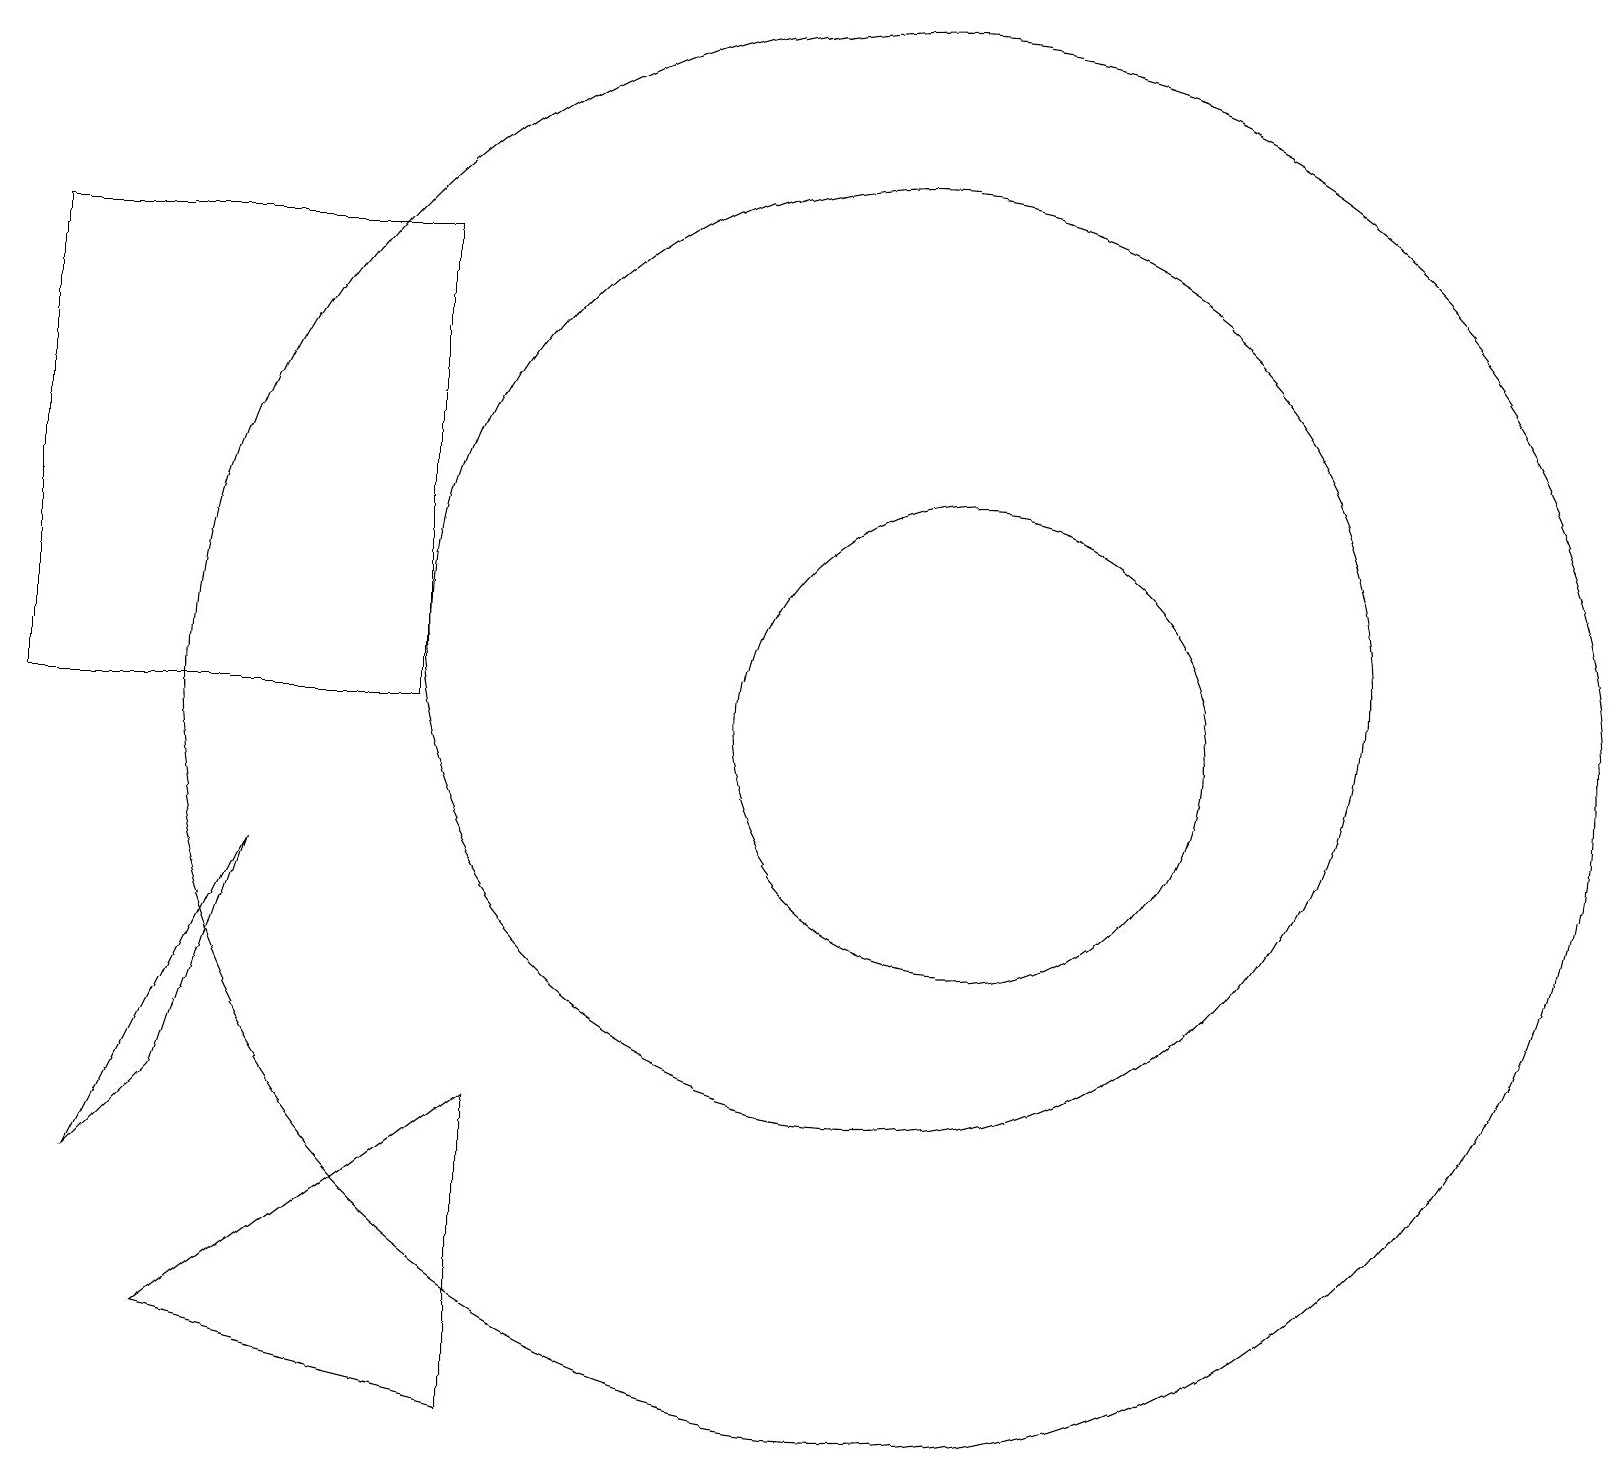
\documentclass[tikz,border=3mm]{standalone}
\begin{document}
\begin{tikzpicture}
\draw (11,10) circle (9);
\draw (6,5) -- (2,2) -- (6,1) -- cycle;
\draw (12,10) circle (3);
\draw (11,11) circle (6);
\draw (3,8) -- (2,5) -- (1,4) -- cycle;
\draw (5,16) rectangle (0,10);
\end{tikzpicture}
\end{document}